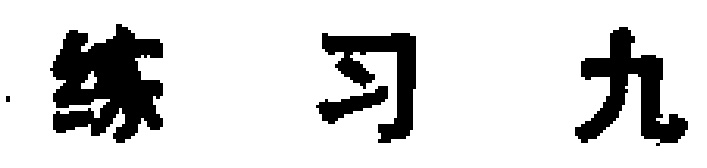
练习九